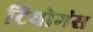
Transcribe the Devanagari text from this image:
टियोमंस